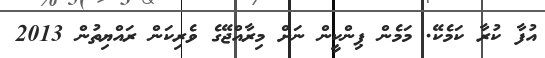
އުފާ ކުރާ ކަމެކޭ. މަމެން ޕިންކީން ނަށް މިރާއްޖޭގެ ވެރިކަން ރައްޔިތުން 2013